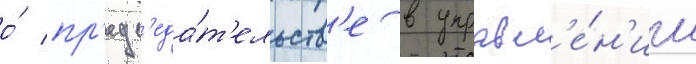
о́ пр'едс'еда́т'ельств'е в управл'е́н'ии